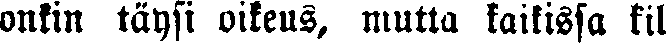
onkin täysi oikeus, mutta kaikissa kil-